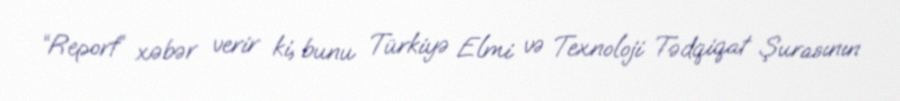
“Report” xəbər verir ki, bunu Türkiyə Elmi və Texnoloji Tədqiqat Şurasının